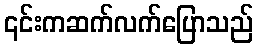
၎င်းကဆက်လက်ပြောသည်